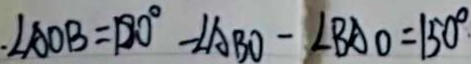
\angle A O B = 1 8 0 ^ { \circ } - \angle A B O - \angle B A O = 1 5 0 ^ { \circ }